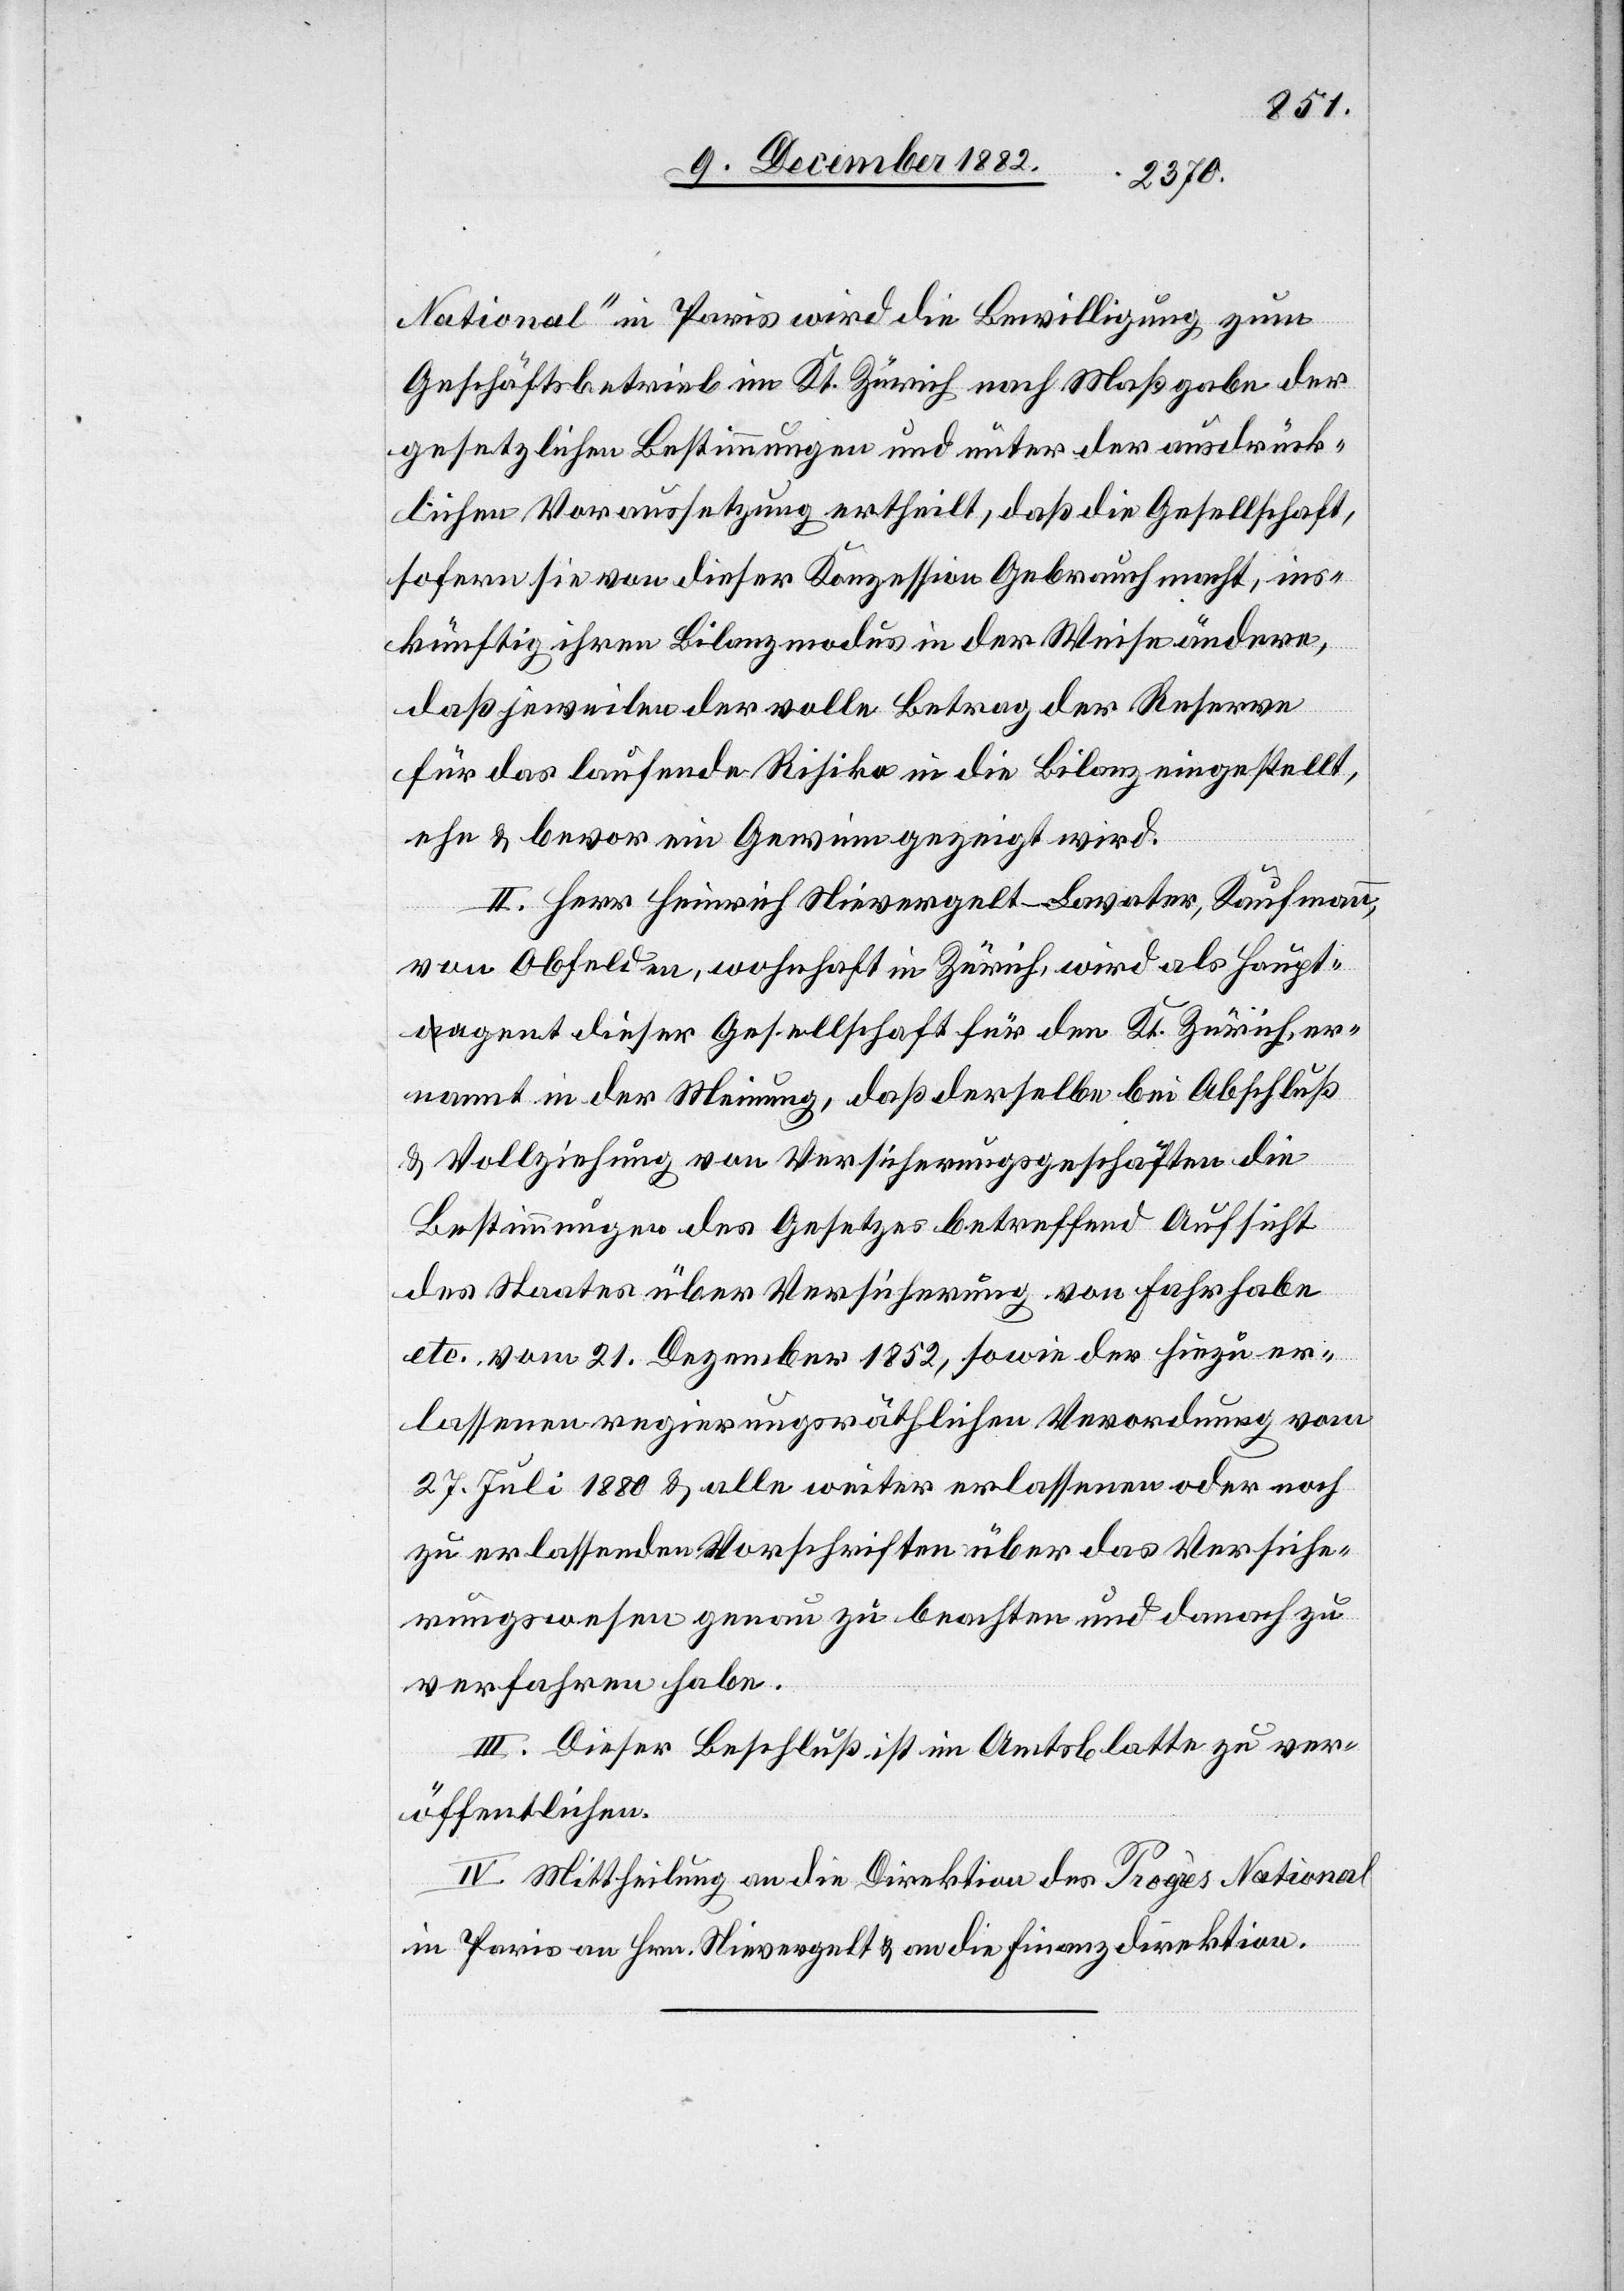
National“ in Paris wird die Bewilligung zum
Geschäftsbetrieb im Kt. Zürich nach Maßgabe der
gesetzlichen Bestimmungen und unter der ausdrück¬
lichen Voraussetzung ertheilt, daß die Gesellschaft,
sofern sie von dieser Konzession Gebrauch macht, ins¬
künftig ihren Bildungsmodus in der Weise ändere,
daß jeweilen der volle Betrag der Reserve
für das laufende Risiko in die Bilanz eingestellt,
ehe & bevor ein Gewinn gezeigt wird.
II. Herr Heinrich Nievergelt-Lavater, Kaufmann,
von Obfelden, wohnhaft in Zürich, wird als Haupt¬
agent dieser Gesellschaft für den Kt. Zürich, er¬
nannt in der Meinung, daß derselbe bei Abschluß
& Vollziehung von Versicherungsgeschäften die
Bestimmungen des Gesetzes betreffend Aufsicht
des Staates über Versicherung von Fahrhabe
etc. vom 21. Dezember 1852, sowie der hiezu er¬
lassenen regierungsräthlichen Verordnung vom
27. Juli 1880 & alle weiter erlassenen oder noch
zu erlassenden Vorschriften über das Versiche¬
rungswesen genau zu beachten und danach zu
verfahren habe.
III. Dieser Beschluß ist im Amtsblatte zu ver¬
öffentlichen.
IV. Mittheilung an die Direktion des Progrès National
in Paris[,] an Hrn. Nievergelt & an die Finanzdirektion.